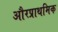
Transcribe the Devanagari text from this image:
औरप्राथमिक